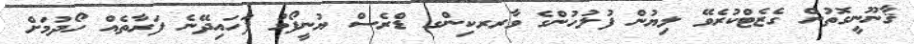
ޤާނޫނީގޮތުން ގެޒެޓްކުރެވޭ ލިޔުން ފުލުހުންގެ ވާރރކިންގ ޑްރެސް ޔުނީފޯމު ފަހައިދޭނެ ފަރާތެއް ހޯދުމަށް